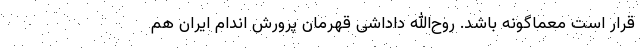
قرار است معماگونه باشد. روح‌الله داداشی قهرمان پرورش اندام ایران هم